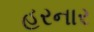
હરનાર